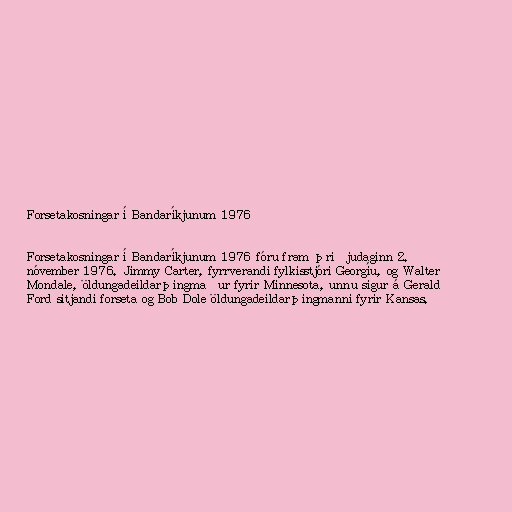
Forsetakosningar í Bandaríkjunum 1976

Forsetakosningar í Bandaríkjunum 1976 fóru fram þriðjudaginn 2.
nóvember 1976. Jimmy Carter, fyrrverandi fylkisstjóri Georgíu, og Walter
Mondale, öldungadeildarþingmaður fyrir Minnesota, unnu sigur á Gerald
Ford sitjandi forseta og Bob Dole öldungadeildarþingmanni fyrir Kansas.